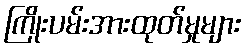
ကြိုးပမ်းအားထုတ်မှုများ